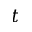
t